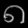
Digit: ၈